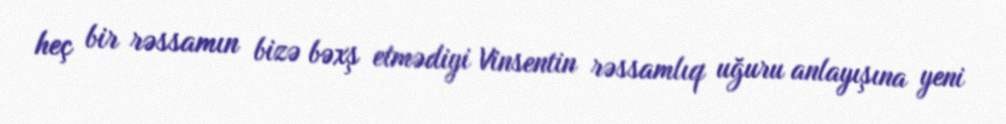
heç bir rəssamın bizə bəxş etmədiyi Vinsentin rəssamlıq uğuru anlayışına yeni